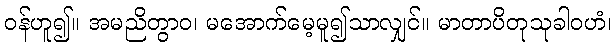
ဝန်ဟူ၍။ အမညိတွာဝ၊ မအောက်မေ့မူ၍သာလျှင်။ မာတာပိတုသုခါဝဟံ၊